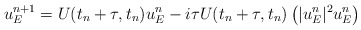
\begin{align*}u^{n + 1}_E = U(t_n+\tau,t_n) u^n_E- i \tau U(t_n+\tau,t_n) \left(| u^n_E |^2 u^n_E\right)\end{align*}